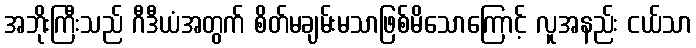
အဘိုးကြီးသည် ဂီဒီယံအတွက် စိတ်မချမ်းမသာဖြစ်မိသောကြောင့် လူအနည်း ငယ်သာ